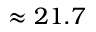
\approx 2 1 . 7